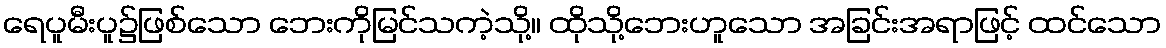
ရေပူမီးပူ၌ဖြစ်သော ဘေးကိုမြင်သကဲ့သို့။ ထိုသို့ဘေးဟူသော အခြင်းအရာဖြင့် ထင်သော